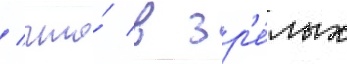
/ что́ в зр'е́лых